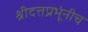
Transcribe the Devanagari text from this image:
श्रीदत्तप्रभूंनीच